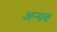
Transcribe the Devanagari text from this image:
अन्यव